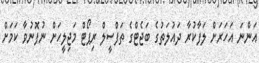
އަންނަ އަހަރަށް ލަފާކުރާ ދައުލަތުގެ ބަޖެޓްގެ ތަފްސީލް ރިޕޯޓް މަޖިލީހަށް ނުފޮނުވާ ކަމަށް